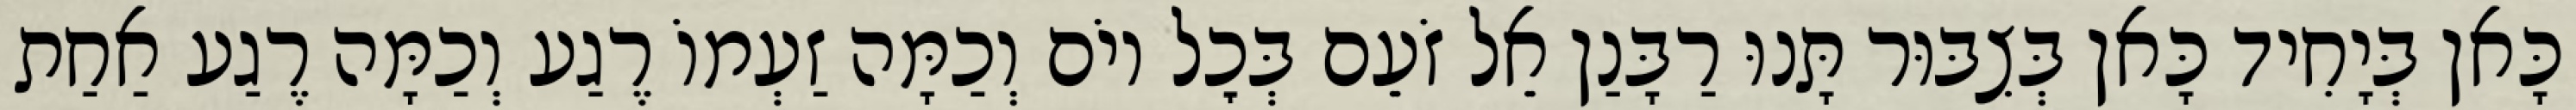
כָּאן בְּיָחִיד כָּאן בְּצִבּוּר תָּנוּ רַבָּנַן אֵל זֹעֵם בְּכׇל יוֹם וְכַמָּה זַעְמוֹ רֶגַע וְכַמָּה רֶגַע אַחַת